Civil Veterinary Dept. Bombay admin report 1893-99 - 1893-1899
Year: 1893
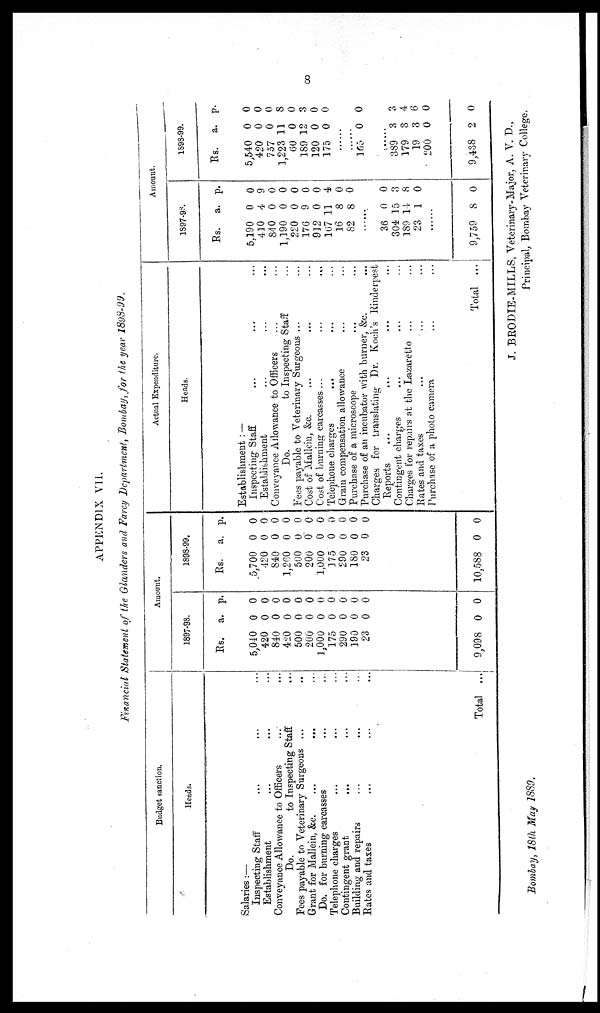
8
APPENDIX VII.
Financial Statement of the Glanders and Farcy Department, Bombay, for the year 1898-99.
Budget sanction.
Heads.
Salaries:—
Inspecting Staff ... ... ...
Establishment ... ... ...
Conveyance Allowance to Officers ...
Do.
to Inspecting Staff ...
Fees payable to Veterinary Surgeons ...
Grant for Mallein, &c. ... ... ...
Do. for burning carcasses ... ...
Telephone charges ... ... ...
Contingent grant ... ... ...
Building and repairs ... ... ...
Rates and taxes ... ... ...
Total ...
Amount.
1897-98.
Rs. a. p.
5,040
420
840
420
500
200
1,000
175
290
190
23
0
0
0
0
0
0
0
0
0
0
0
0
0
0
0
0
0
0
0
0
0
0
9,098 0 0
1898-99.
Rs. a. p.
5,700
420
840
1,260
500
200
1,000
175
290
180
23
0
0
0
0
0
0
0
0
0
0
0
0
0
0
0
0
0
0
0
0
0
0
10,588 0 0
Actual Expenditure.
Heads.
Establishment: —
Inspecting Staff ... ... ...
Establishment ... ...
Conveyance Allowance to Officers ... ...
Do.
to Inspecting Staff
Fees payable to Veterinary Surgeous ...
Cost of Mallein, &c. ... ... ...
Cost of burning carcasses ... ... ...
Telephone charges ... ... ...
Grain compensation allowance ... ...
Purchase of a microscope ... ...
Purchase of an incubator with burner, &c.
Charges for translating Dr. Koch's Rinderpest
Reports ... ... ... ...
Contingent charges ... ... ...
Charges for repairs at the Lazaretto ... ...
Rates and taxes ... ... ...
Purchase of a photo camera ... ...
Total ...
Amount.
1897-98.
Rs. a. p.
5,190
410
840
1,190
220
176
912
167
16
82
0
4
0
0
0
9
0
11
8
8
0
9
0
0
0
0
0
4
0
0
......
36
304
189
23
0
15
14
1
0
3
8
0
......
9,759 8 0
1898-99.
Rs. a. p.
5,540
420
757
1,223
60
189
120
175
0
0
0
11
0
12
0
0
0
0
0
8
0
3
0
0
......
......
165 0 0
......
389
179
19
200
9,438
3
3
3
0
2
3
4
6
0
0
Bombay, 18th May 1889.
J. BRODIE-MILLS, Veterinary-Major, A. V. D.,
Principal, Bombay Veterinary College.